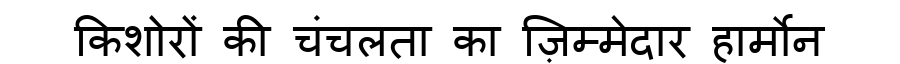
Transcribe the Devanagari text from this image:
किशोरों की चंचलता का ज़िम्मेदार हार्मोन